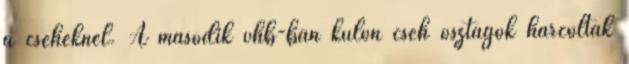
a cseheknél. A második vhb-ban külön cseh osztagok harcoltak